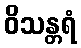
ဝိသန္တရံ